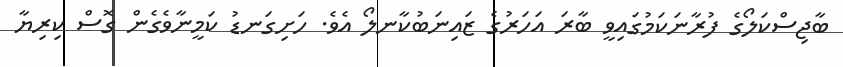
ބާޖިސްކަލޯގެ ފުރާނަކަމުގައިވީ ބާރަ އަހަރުގެ ޒައިނަބުކާނލޯ އެވެ. ހަށިގަނޑު ކަމީނާވެގެން ގޮސް ކިރިޔާ